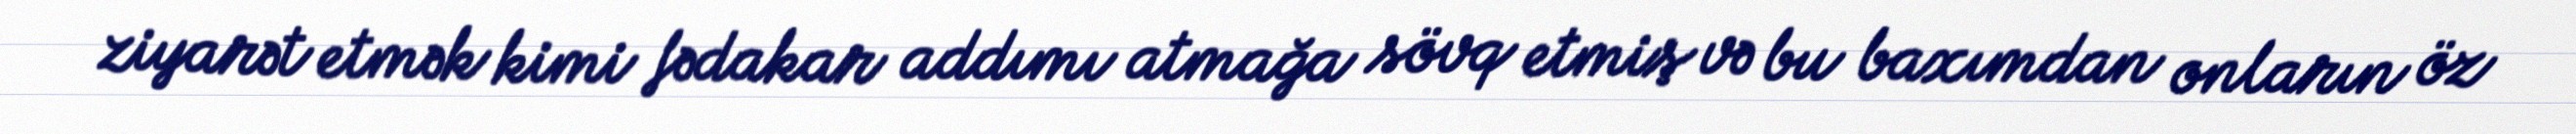
ziyarət etmək kimi fədakar addımı atmağa sövq etmiş və bu baxımdan onların öz